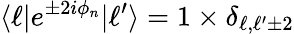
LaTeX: \langle\ell|e^{\pm 2i\phi_{n}}|\ell^{\prime}\rangle=1\times\delta_{\ell,\ell^{\prime}\pm 2}